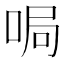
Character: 𫪐